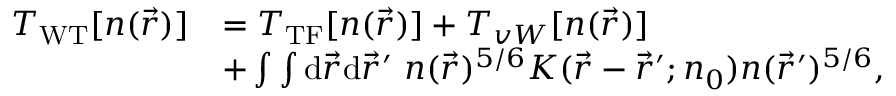
\begin{array} { r l } { T _ { \mathrm { W T } } [ n ( \vec { r } ) ] } & { = T _ { \mathrm { T F } } [ n ( \vec { r } ) ] + T _ { v W } [ n ( \vec { r } ) ] } \\ & { + \int \int { \mathrm { d } } \vec { r } { \mathrm { d } } \vec { r } ^ { \prime } ~ n ( \vec { r } ) ^ { 5 / 6 } K ( \vec { r } - \vec { r } ^ { \prime } ; n _ { 0 } ) n ( \vec { r } ^ { \prime } ) ^ { 5 / 6 } , } \end{array}